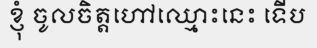
ខ្ញុំ ចូលចិត្តហៅឈ្មោះនេះ ទើប